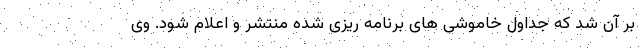
بر آن شد که جداول خاموشی های برنامه ریزی شده منتشر و اعلام شود. وی